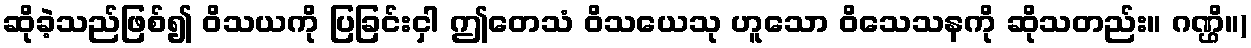
ဆိုခဲ့သည်ဖြစ်၍ ဝိသယကို ပြခြင်းငှါ ဤတေသံ ဝိသယေသု ဟူသော ဝိသေသနကို ဆိုသတည်း။ ဂဏ္ဌိ။)